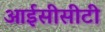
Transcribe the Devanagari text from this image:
आईसीसीटी